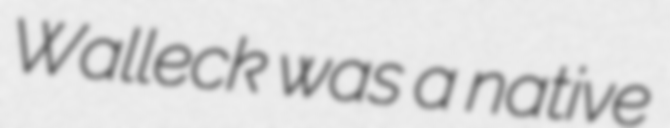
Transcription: Walleck was a native